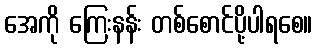
အေကို ကြေးနန်း တစ်စောင်ပို့ပါရစေ။